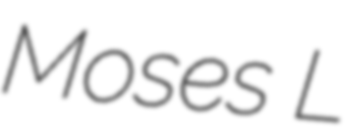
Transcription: Moses L